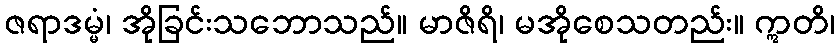
ဇရာဒမ္မံ၊ အိုခြင်းသဘောသည်။ မာဇိရိ၊ မအိုစေသတည်း။ ဣတိ၊